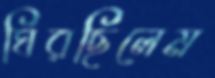
ঘিরছিলেম